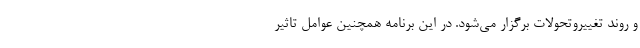
و روند تغییروتحولات برگزار می‌شود. در این برنامه همچنین عوامل تاثیر